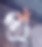
প্র